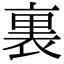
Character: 裏